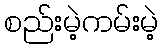
စည်းမဲ့ကမ်းမဲ့